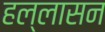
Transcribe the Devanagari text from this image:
हल्लासन